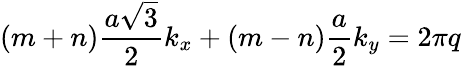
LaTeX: (m+n)\frac{a\sqrt{3}}{2}k_{x}+(m-n)\frac{a}{2}k_{y}=2\pi q